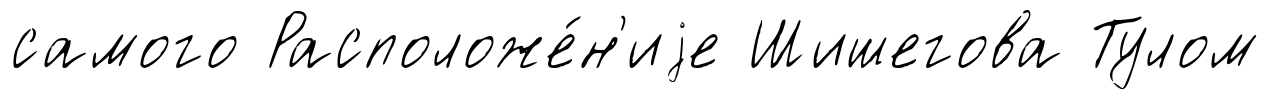
самого Расположе́н'иjе Шишегова Тулом